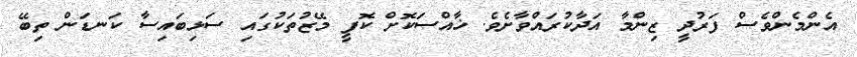
އެންމެންވެސް ފަރުދީ ޒިންމާ އަދާކުރައްވާށެވެ. ޚާއްސަކޮށް ކޮފީ މޭޒުތަކުގައި ސަޅިބައިސާ ކަނޑަން ތިބޭ